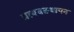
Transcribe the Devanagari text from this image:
प्रत्यवस्थापन